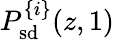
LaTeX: P_{\mathrm{sd}}^{\{ i\} }(z,1)